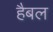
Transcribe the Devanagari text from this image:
हैबल